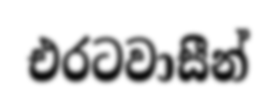
එරටවාසීන්